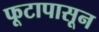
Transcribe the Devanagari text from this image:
फूटापासून